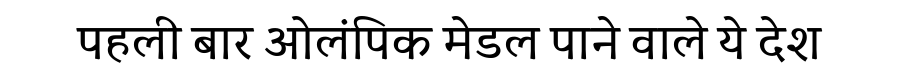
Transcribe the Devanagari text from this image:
पहली बार ओलंपिक मेडल पाने वाले ये देश